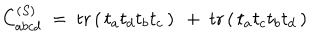
C _ { a b c d } ^ { ( S ) } \ = \ \mathrm { t r } \left( \, t _ { a } t _ { d } t _ { b } t _ { c } \, \right) \ + \ \mathrm { t r } \left( \, t _ { a } t _ { c } t _ { b } t _ { d } \, \right)